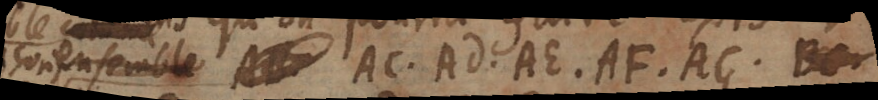
son ensemble AC, AD, AE, AF, AG, BC,